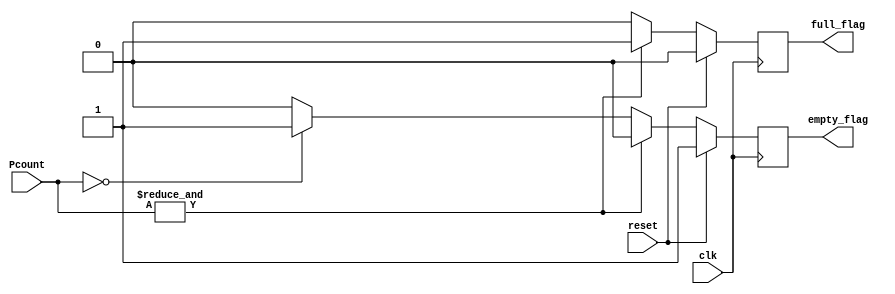
module queue_status #(parameter N = 3)(
    input clk, reset,
    input[N-1:0] Pcount,
    output reg empty_flag, full_flag
);

    always @(posedge clk)
    begin
        if(reset)
        begin
            empty_flag <= 1'b1;
            full_flag  <= 1'b0;
        end

        else
        begin
            if (&Pcount) // all ones ---> max value
            begin //! Full Condition
                empty_flag <= 1'b0;
                full_flag  <= 1'b1;
            end

            else if(Pcount == 0) // min value
            begin //! Empty Condition
                empty_flag <= 1'b1;
                full_flag  <= 1'b0;
            end

            else 
            begin //! Occupied Condition
                empty_flag <= 1'b0;
                full_flag  <= 1'b0;
            end
        end
    end

endmodule